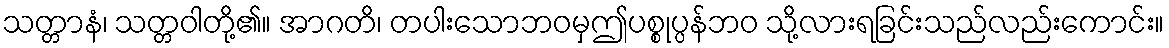
သတ္တာနံ၊ သတ္တဝါတို့၏။ အာဂတိ၊ တပါးသောဘဝမှဤပစ္စုပ္ပန်ဘဝ သို့လားရခြင်းသည်လည်းကောင်း။